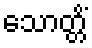
သောတ္တိံ